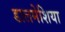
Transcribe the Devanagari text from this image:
डालमेशिया